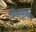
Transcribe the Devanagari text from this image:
विनामूल्यच